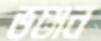
ভঞ্জন